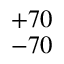
^ { + 7 0 } _ { - 7 0 }